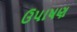
ઉપાષણ